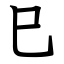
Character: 巳